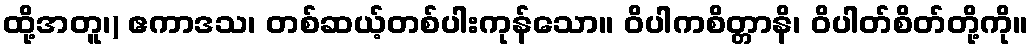
ထို့အတူ၊) ဧကာဒသ၊ တစ်ဆယ့်တစ်ပါးကုန်သော။ ဝိပါကစိတ္တာနိ၊ ဝိပါတ်စိတ်တို့ကို။